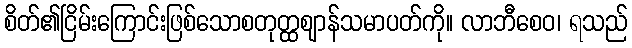
စိတ်၏ငြိမ်းကြောင်းဖြစ်သောစတုတ္ထဈာန်သမာပတ်ကို။ လာဘီစေဝ၊ ရသည်